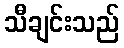
သီချင်းသည်